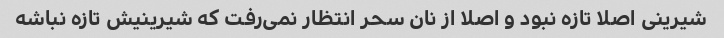
شیرینی اصلا تازه نبود و اصلا از نان سحر انتظار نمی‌رفت که شیرینیش تازه نباشه